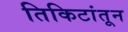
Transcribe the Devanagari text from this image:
तिकिटांतून